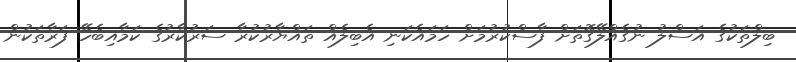
ބިލްތަކުގެ އަސްލު ނުގެއްލޭގޮތަށް ފާސްކުރުމަށް ހަމައެކަނި އެބިލެއް ތައްޔާރުކުރާ ސަރުކާރުގެ ކަމާއިބެހޭ ފަރާތަކުން